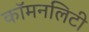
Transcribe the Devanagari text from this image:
कॉमनलिटी